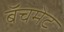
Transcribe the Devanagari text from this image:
बॅचमेट